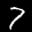
Label: 7